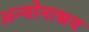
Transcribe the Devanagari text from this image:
अन्योनाश्रय